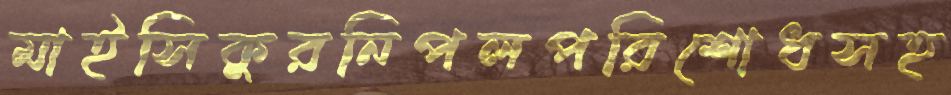
মাইসিকুরনিপলপরিশোধসহ